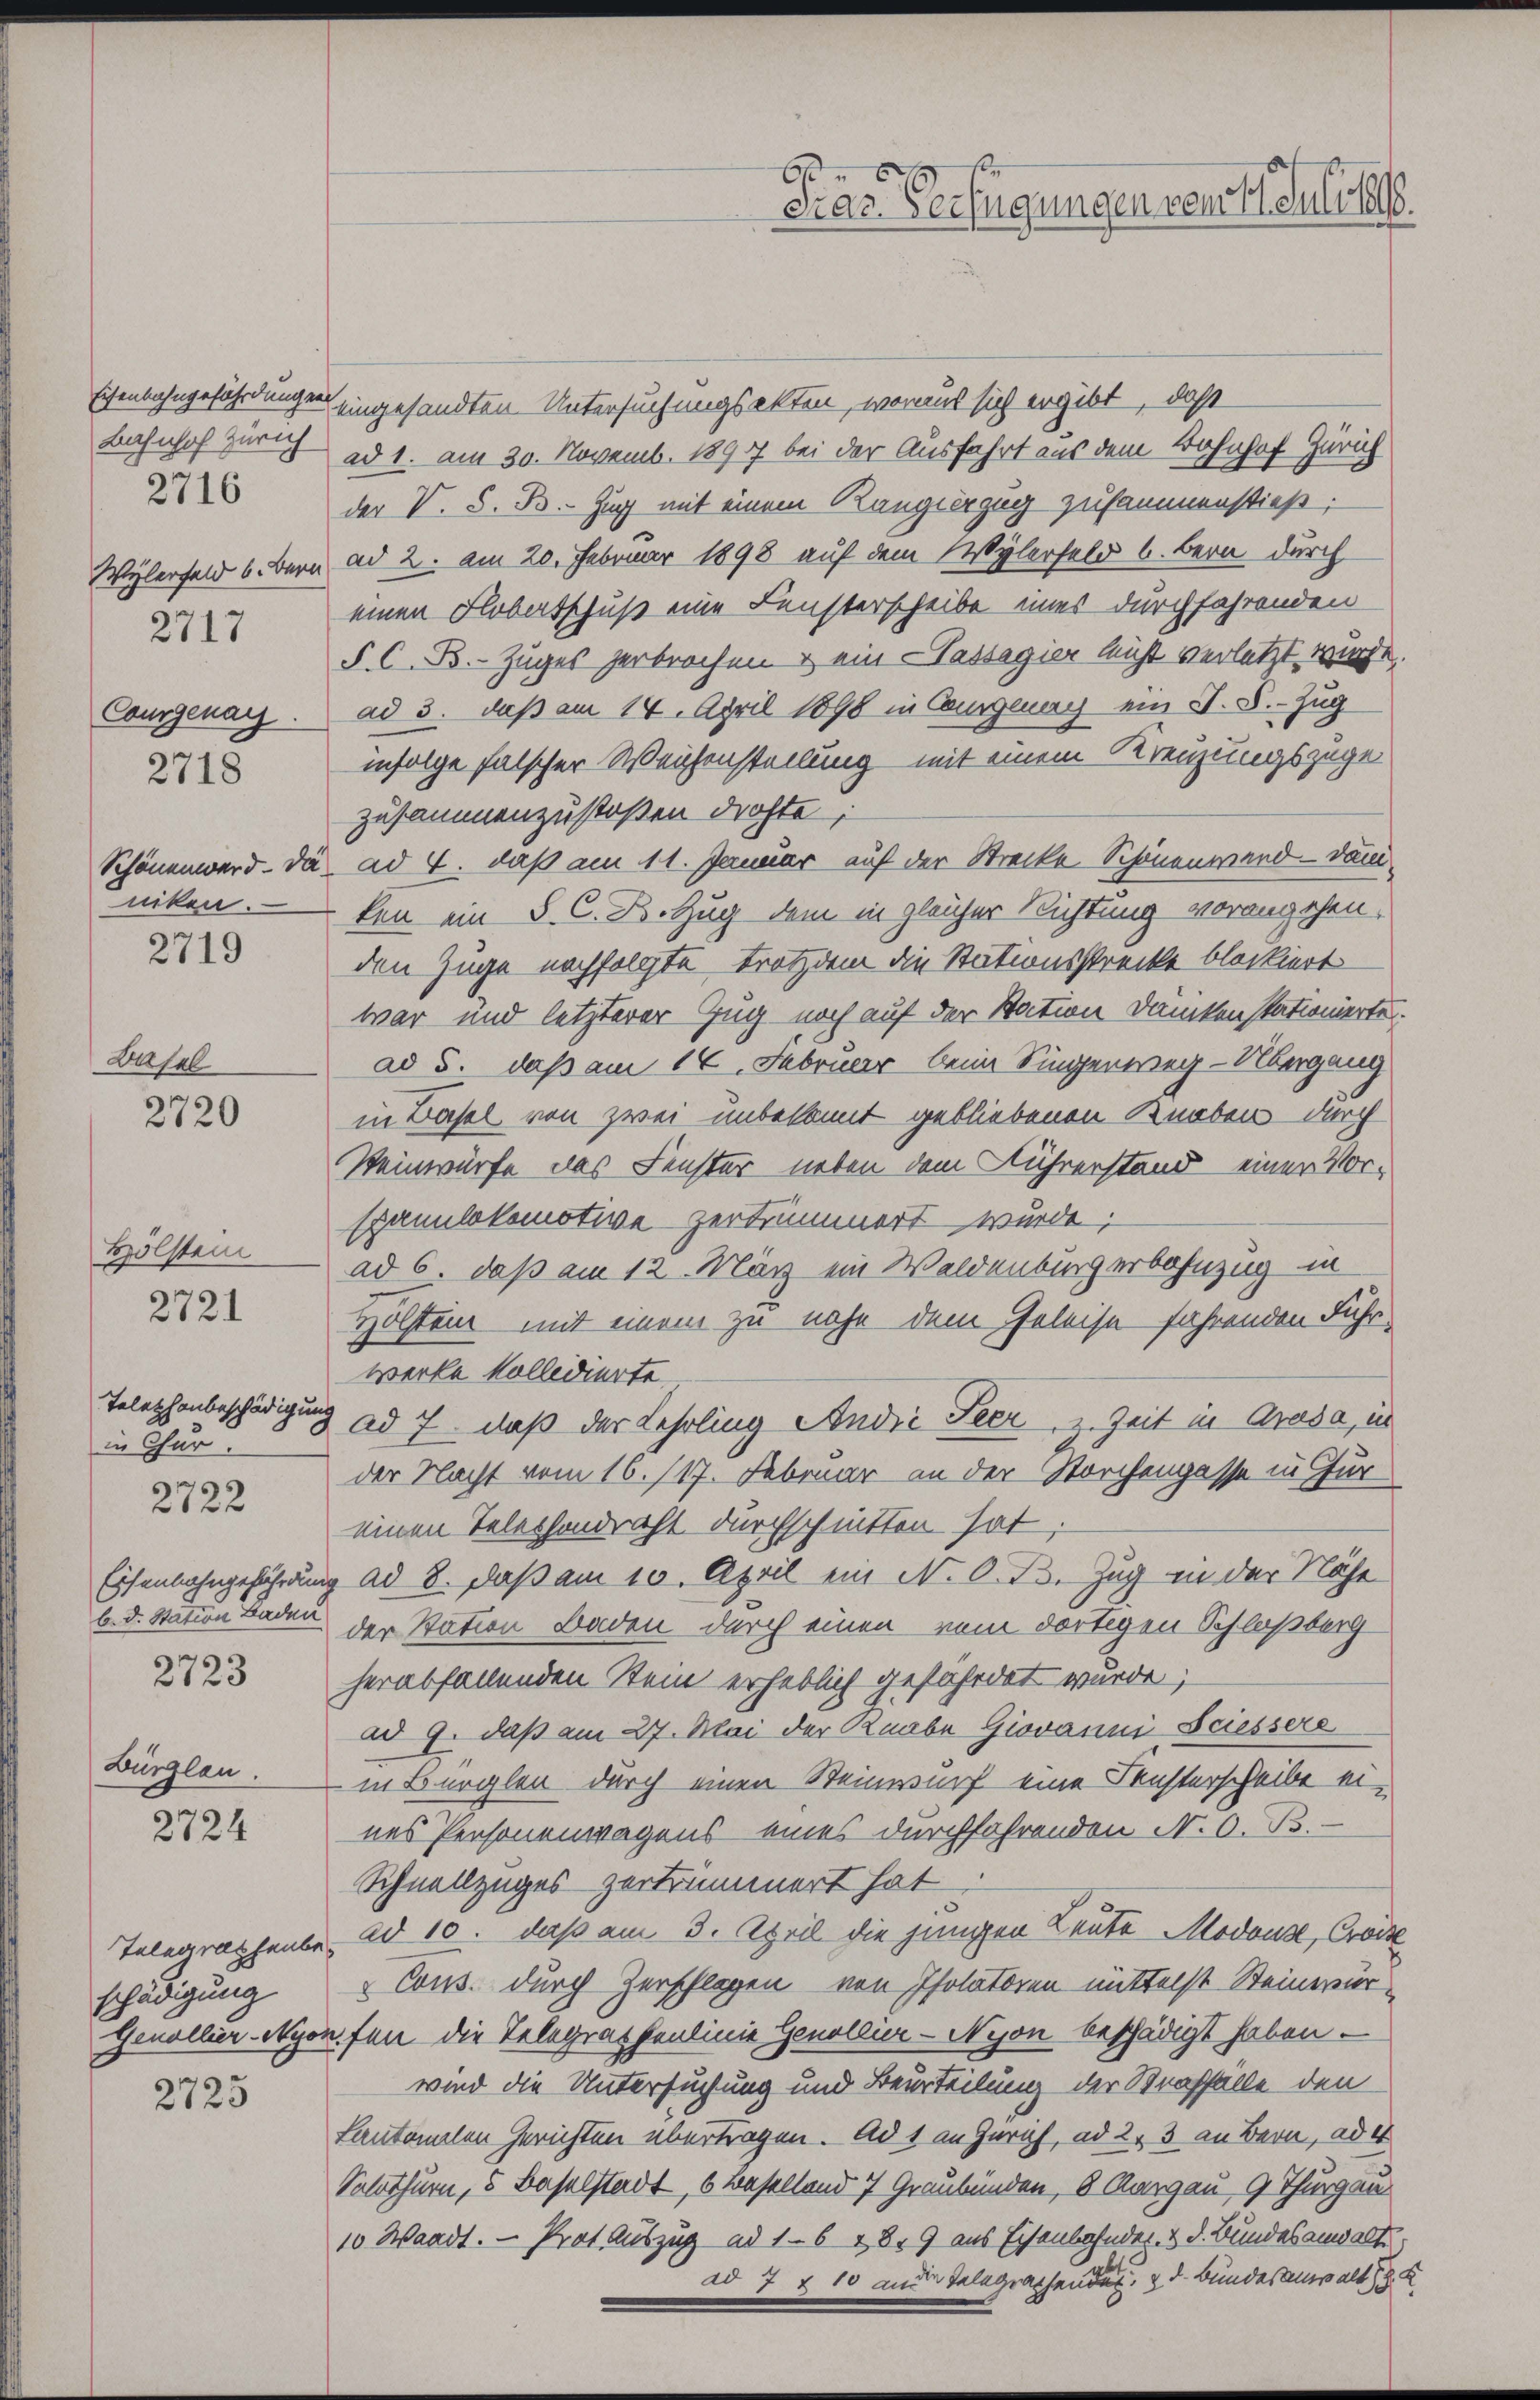
2717

2716

Basel
2720

Hölstein
2721

Telephonbeschädigung
in Thur
2722
Eisenbahngeführung
b. d. Station Baden
2723

Bürglau.

2724

schädigung
Genollier-Nyon

2723

Schönenward. Da
niken.
2719

Eisenbahngefährdungen eingesandten Untersuchungsakten, woraus sich ergibt, daß
Bahnhof zur ad 1. am 30. Novemb. 1890 bei der Ausfahrt aus dem Bahnhof Zürich
der V. S. B. Zug mit einem Rangierzug zusammenstieß;
Wylerfeld b. Bern ad 2. am 20. Februar 1898 auf dem Wylerfeld b. bern durch
einen Flobertschuß eine Fensterscheibe eines durchfahrenden
P. C. B. Zuges zerbrochen & ein Passagier leicht verletzt wurde.
Courgenay. ad 3. daß am 14. April 1890 in Canzenay ein J. S. Zug
228 infolge falscher Weichenstellung mit einem Kreizungszugezusammenzustoßen drohte,
ad 4. daß am 11. Januar auf der Strecke Schönenward - dami
ken ein S. C. B. Zug dem in gleicher Richtung vorangehen,
den Zuge nachfolgte Trotzdem die Stationsstrecke blockiert
war und letzterer Zug noch auf der Station dankenstationierte.
ad 5. daß am 14. Februar beim Singenweg-Übergang
in Basel von zwei unbekannt gebliebenen Knaben durch
Weinwürfe das Fenster neben dem Rührerstand einer Vorspannlokomotive zertrümmert wurde;
ad 6. daß am 12. März ein Waldenburgerbahnzug in
Hölsten mit einem zu nahe dem Geleise fahrenden Fuhrwerke kollidierte
ad 7, daß der Lehrling Andić Feer, z. Zeit in Arasa, in
der Nacht vom 16. 117. Februar an der Storchengasse in Für
einen Telephondraht durchschnitten hat;
ad 8. daß am 10. April ein N. O. B. Zug in der Nähe
der Station Baden durch einen vom dortigen Schloßberg
herabfallenden Stein erheblich gefährdet wurde;
ad 9. daß am 27. Mai der Knabe Giovanni Sciessers
in Bürglen durch einen Steinwurf eine Fensterscheibe eines Personenwagens eines durchfahrenden N. O. B.
Schnellzuges zertrümmert hat
Telegraphenbe ad 10. daß am 3. April die jungen Leute Modouz, Croi
Cous. durch Zerschlagen von Isolatoren mittelst Steinerurufen die Telegraphenlinie Genollier-Nyon beschädigt haben.
wird die Untersuchung und Beurteilung der Straffälle den
Kantonalen Gerichten übertragen. Ad 1 an Zürich, ad 2, 3 an Bern, ad 4
Solothurn, 5 Baselstadt, 6 Baselland 7 Graubünden, 6 Aargau 9 Thurgau
10 Waadt. — Prot. Auszug ad 16 189 aus Eisenbahnder- & d. Bundesanwalte.
No 7 x 10 aus Telegraphenden, d. Bundesanwalt

G
Diar Verfügungen vom 11. Juli 1888.